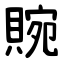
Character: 䝹